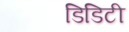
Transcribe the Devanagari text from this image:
डिडिटी